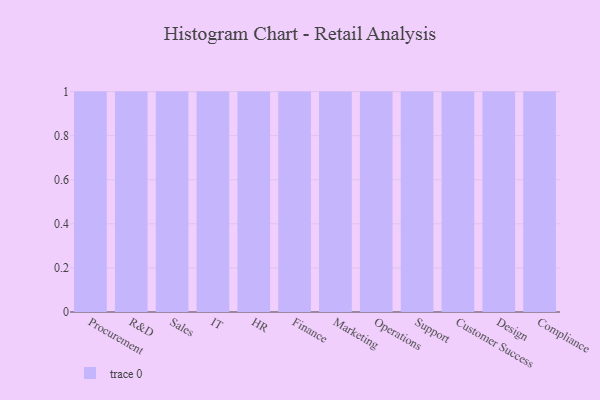
{"axis": {"x": "Department", "y": "Humidity (%)"}, "legend": [""], "data": [{"x": "Procurement", "y": 32, "type": ""}, {"x": "R&D", "y": 88, "type": ""}, {"x": "Sales", "y": 69, "type": ""}, {"x": "IT", "y": 3, "type": ""}, {"x": "HR", "y": 33, "type": ""}, {"x": "Finance", "y": 74, "type": ""}, {"x": "Marketing", "y": 37, "type": ""}, {"x": "Operations", "y": 5, "type": ""}, {"x": "Support", "y": 16, "type": ""}, {"x": "Customer Success", "y": 87, "type": ""}, {"x": "Design", "y": 3, "type": ""}, {"x": "Compliance", "y": 5, "type": ""}]}